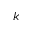
k